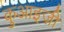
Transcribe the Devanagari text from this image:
कुआइज़ी